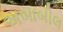
અબાબીલ